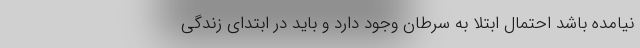
نیامده باشد احتمال ابتلا به سرطان وجود دارد و باید در ابتدای زندگی